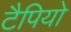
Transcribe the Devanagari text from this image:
टैपियो